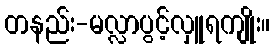
တနည်း-မလ္လာပွင့်လှူရကျိုး။